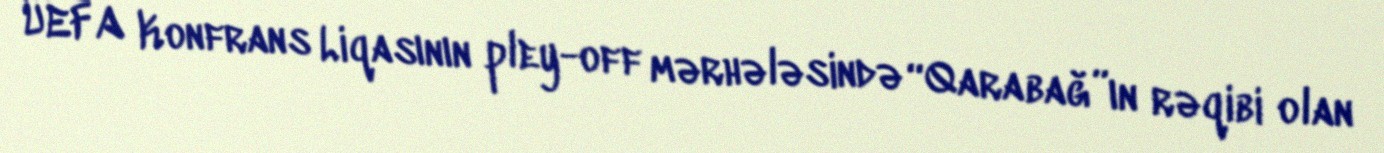
UEFA Konfrans Liqasının pley-off mərhələsində “Qarabağ”ın rəqibi olan